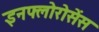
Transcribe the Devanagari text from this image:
इनफ्लोरोसेंस